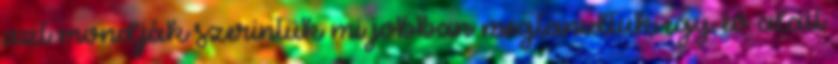
azt mondják szerintük mi jobban megtanultuk egy év alatt